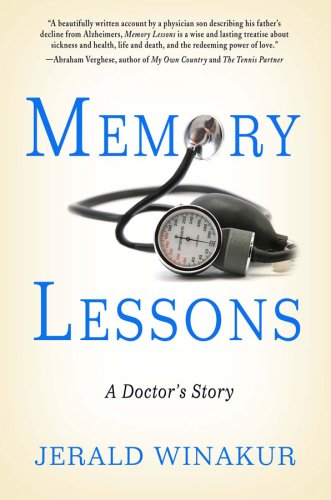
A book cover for Memory Lessons: A Doctor's Story; Jerald Winakur; Health, Fitness & Dieting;